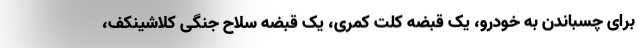
برای چسباندن به خودرو، یک قبضه کلت کمری، یک قبضه سلاح جنگی کلاشینکف،